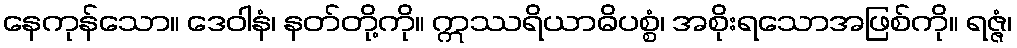
နေကုန်သော။ ဒေဝါနံ၊ နတ်တို့ကို။ ဣဿရိယာဓိပစ္စံ၊ အစိုးရသောအဖြစ်ကို။ ရဇ္ဇံ၊